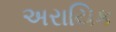
અરાયિક